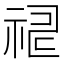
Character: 𥙸